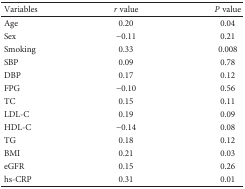
<table><thead><tr><td><b>Variables</b></td><td><b><i>r</i> value</b></td><td><b><i>P</i> value</b></td></tr></thead><tbody><tr><td>Age</td><td>0.20</td><td>0.04</td></tr><tr><td>Sex</td><td>−0.11</td><td>0.21</td></tr><tr><td>Smoking</td><td>0.33</td><td>0.008</td></tr><tr><td>SBP</td><td>0.09</td><td>0.78</td></tr><tr><td>DBP</td><td>0.17</td><td>0.12</td></tr><tr><td>FPG</td><td>−0.10</td><td>0.56</td></tr><tr><td>TC</td><td>0.15</td><td>0.11</td></tr><tr><td>LDL-C</td><td>0.19</td><td>0.09</td></tr><tr><td>HDL-C</td><td>−0.14</td><td>0.08</td></tr><tr><td>TG</td><td>0.18</td><td>0.12</td></tr><tr><td>BMI</td><td>0.21</td><td>0.03</td></tr><tr><td>eGFR</td><td>0.15</td><td>0.26</td></tr><tr><td>hs-CRP</td><td>0.31</td><td>0.01</td></tr></tbody></table>